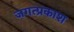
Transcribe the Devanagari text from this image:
जगत्प्रकाश